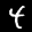
Label: 4